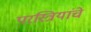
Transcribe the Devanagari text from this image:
परस्त्रियांचे